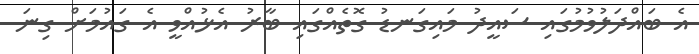
އެ ބައްދަލުވުމުގައި ސައީދު މައިގަނޑު ގޮތެއްގައި ބާރު އެޅުއްވީ އެ ގައުމަށް ގިނަ